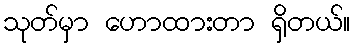
သုတ်မှာ ဟောထားတာ ရှိတယ်။